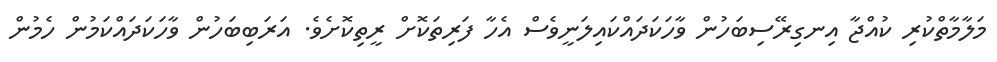
މަލާމާތްކުރި ކުއްޖާ އިނގިރޭސިބަހުން ވާހަކަދައްކައިލަނީވެސް އެހާ ފަރިތަކޮށް ރީތިކޮށެވެ. އަރަބިބަހުން ވާހަކަދައްކަމުން ހެމުން